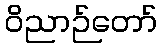
ဝိညာဉ်တော်